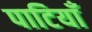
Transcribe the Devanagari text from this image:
पाटियाँ